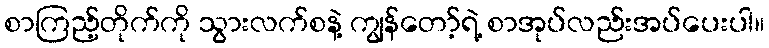
စာကြည့်တိုက်ကို သွားလက်စနဲ့ ကျွန်တော့်ရဲ့ စာအုပ်လည်းအပ်ပေးပါ။